Lunatic asylums Madras 1892-1911 - 1892-1911
Year: 1892
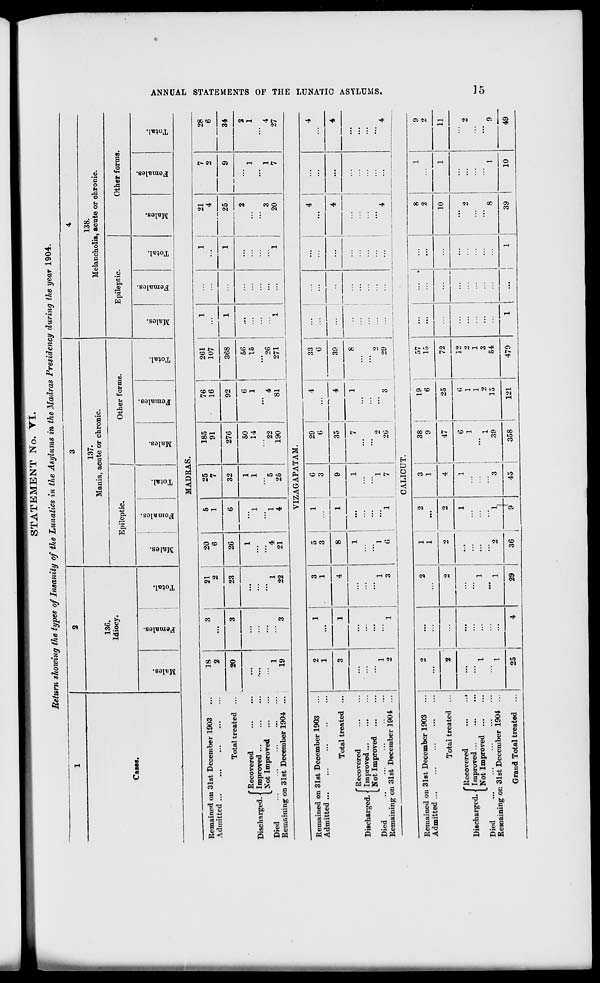
STATEMENT No. VI.
Return showing the types of Insanity of the Lunatics in the Asylums in the Madras Presidency during the year 1904.
1
2
3
4
136.
Idiocy.
137.
Mania, acute or chronic.
138.
Melancholia, acute or chronic.
Cases.
Epileptic.
Other forms.
Epileptic.
Other forms.
00
©
Females.
Total.
Males.
Females.
"3
o
DO
©
"5
Females.
"3
o
to
3
CO
CO
"5
S
eg
fo
3
o
EH
00
III
'3
aa
oa
3
S
eg
fo
5
c
MADRAS.
Remained on 31st December 1903
Admitted ...
38
2
3
21
2
20
6
5
1
25
7
185
91
76
16
261
107
1
1
21
4
7
2
28
6
Total treated ...
20
3
23
26
6
32
276
92
368
1
1
25
9
34
fRecovered
Discharged. | Improved
^ Not Improved
Died
Remaining on 31st December 1904 ...
1
19
3
" 1
22
1
"4
21
1
"l
4
1
1
5
25
50
14
22
190
6
1
" 4
81
56
15
"26
271
1
...
'"'I
2
3
20
' 1
1
7
2
1
4
27
VIZAGAPATAM.
Remained or
Admitted ...
1 31st December 1903
2
1
1
3
1
5
3
1
1
6
3
29
6
4
33
6
...
...
4
:::
4
Total treated ...
3
1
4
8
9
35
4
39
...
...
4
...
4
Discharged. •
Died
Remaining 0
'Recovered
Improved
w Not Improved
D 31st December 1904 ...
...
1
...
1
'" 1
3
1
...
"l
6
...
1
...
...
1
7
7
2
26
1
3
8
2
29
1
1
...
" 4 I
...
" 4
CALICUT.
Remained on 31st December 1903
Admitted ...
2
2
1
1
2
3
1
3^
9
19
6
57
15
...
...
.
...
8
2
1
9
2
Total treated ...
2
1
2
1
1
2
2
4
47
9.*\
72
...
...
10
1
11
fRecovered
...
...
Discbargcd. < Improved
L Not Improved
Died
Remaining on 31st December 1904 ...
1
" 1 ;
:::
" 1
:::
2
1
1
1
...
3
1
...
1
39
6
1
1
2
35
12
2
1
3
54
...
2
" 8
1
2
' 9
Grand Total treated ...
25
4
29
36
9
45
358
121
479
1
...
1
39
10
49
>■
54
ss
a
{>
f
00
►3
>■
ts
S
IS
CO
O
hg
►3
a
P3
f
a
ts
>
CO
1-4
cl
te-
en
Or